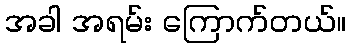
အခါ အရမ်း ကြောက်တယ်။